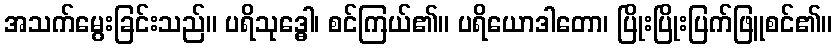
အသက်မွေးခြင်းသည်။ ပရိသုဒ္ဓေါ၊ စင်ကြယ်၏။ ပရိယောဒါတော၊ ပြိုးပြိုးပြက်ဖြူစင်၏။